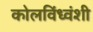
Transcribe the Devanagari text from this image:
कोलविंध्वंशी